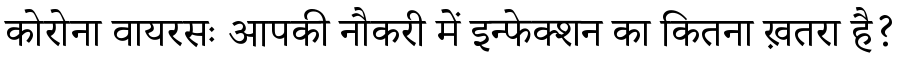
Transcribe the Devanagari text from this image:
कोरोना वायरसः आपकी नौकरी में इन्फेक्शन का कितना ख़तरा है?